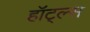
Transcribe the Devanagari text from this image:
हॉट्ल्स